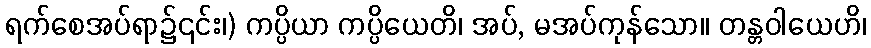
ရက်စေအပ်ရာ၌၎င်း၊) ကပ္ပိယာ ကပ္ပိယေတိ၊ အပ်, မအပ်ကုန်သော။ တန္တဝါယေဟိ၊